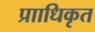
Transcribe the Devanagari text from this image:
प्रााधिकृत